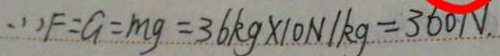
( 1 ) F = G = m g = 3 6 k g \times 1 0 N / k g = 3 6 0 N .